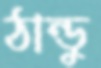
ঠান্ডু